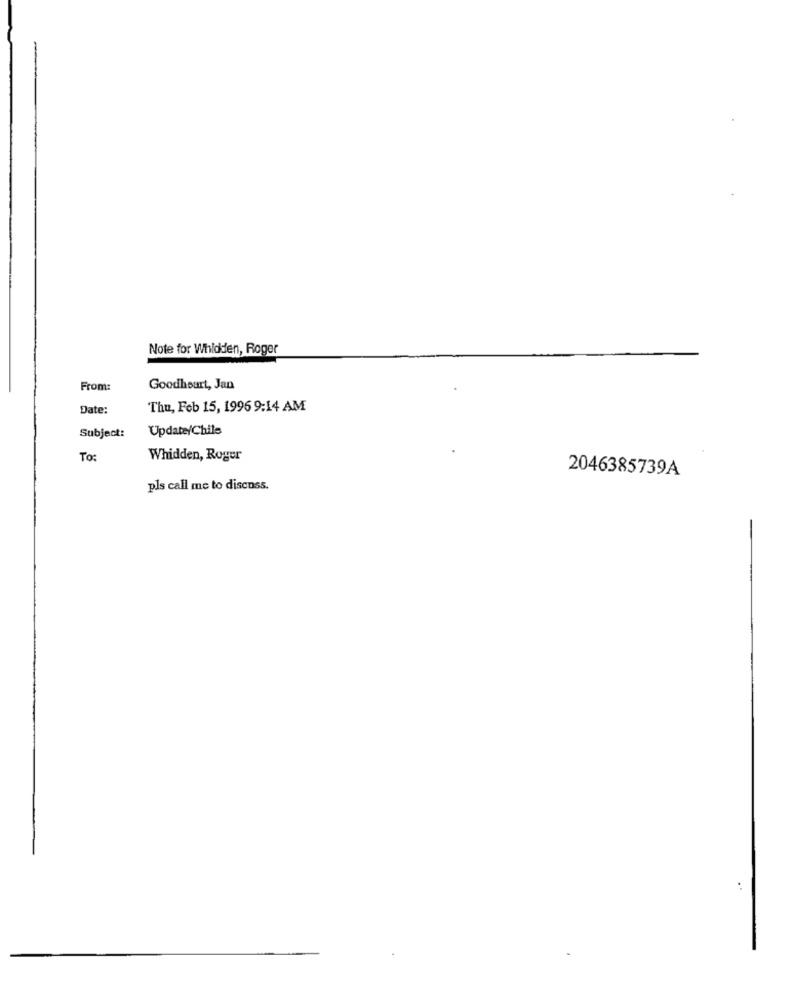
Note for Whidden, Roger
From:
Goodheart, Jan
Date:
Thu, Feb 15, 1996 9:14 AM
Update/Chile
Subject:
To:
Whidden, Roger
2046385739A
pls call me to discuss.